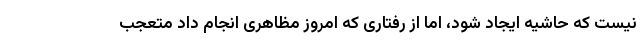
نیست که حاشیه ایجاد شود، اما از رفتاری که امروز مظاهری انجام داد متعجب